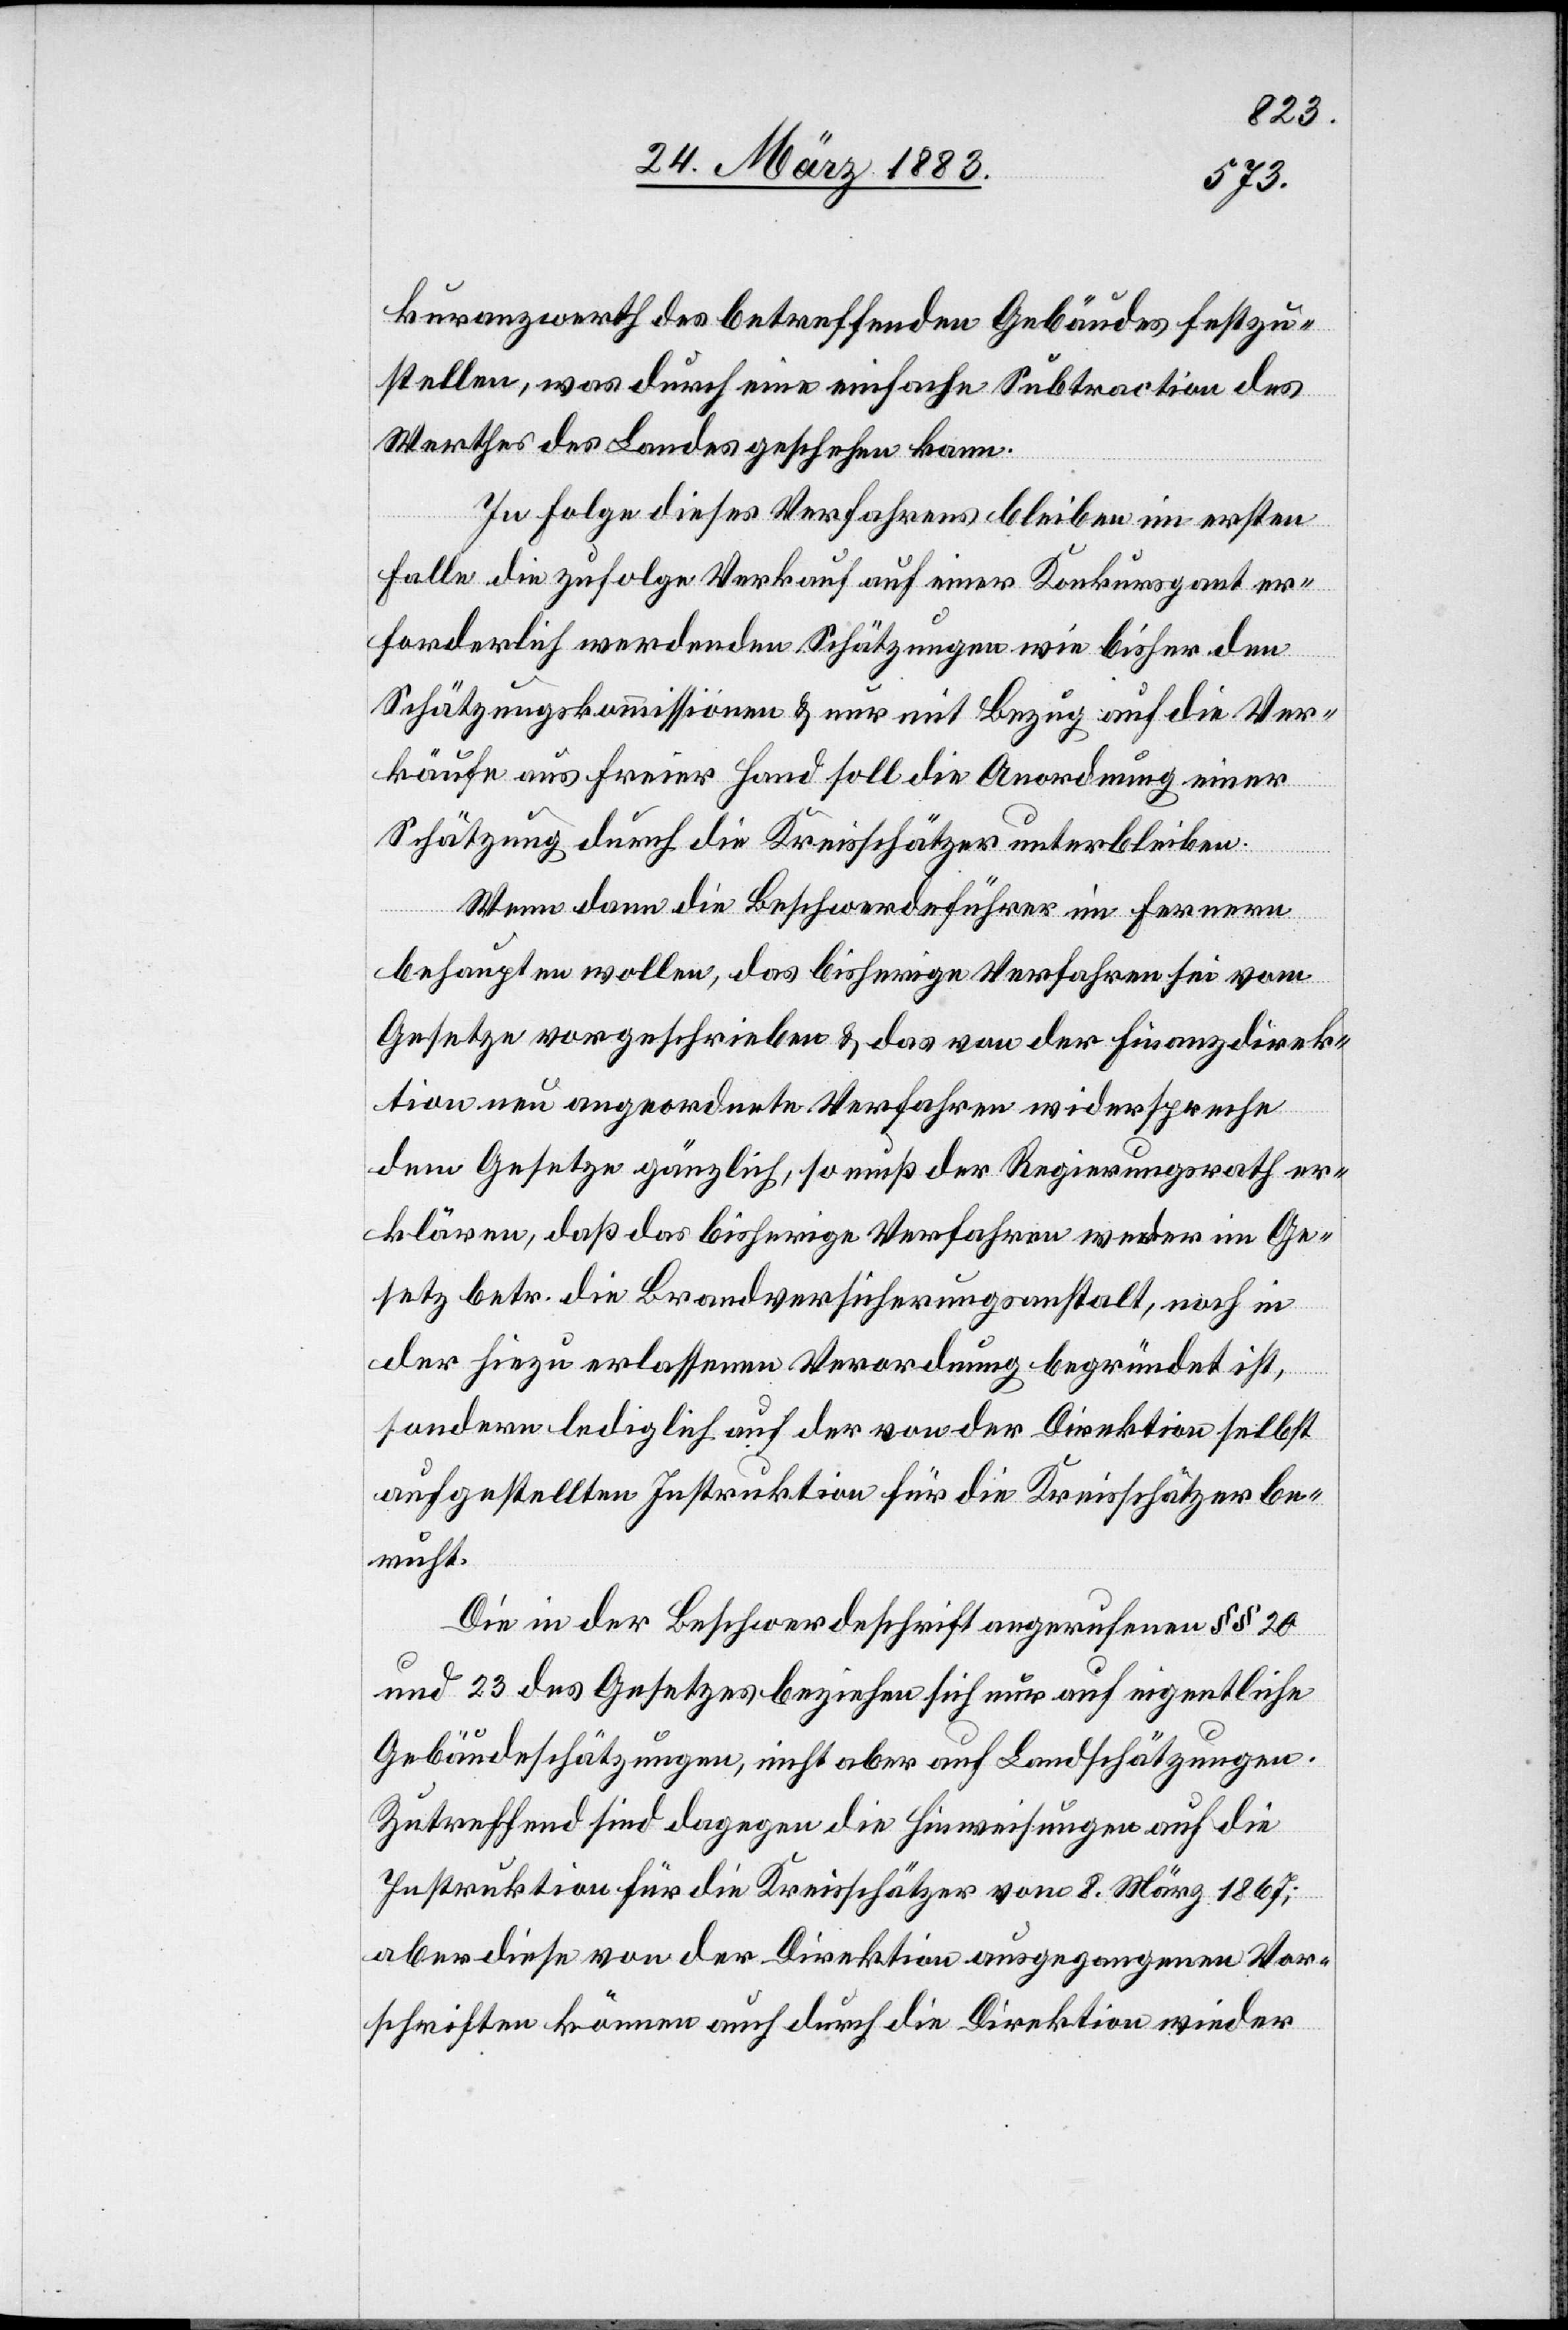
kuranzwerth des betreffenden Gebäudes festzu¬
stellen, was durch eine einfache Subtraction des
Werthes des Landes geschehen kann.
In Folge dieses Verfahrens bleiben im ersten
Falle die zufolge Verkauf auf einer Konkursgant er¬
forderlich werdenden Schätzungen wie bisher den
t.
Schätzungskommissionen & nur mit Bezug auf die Ver¬
käufe aus freier Hand soll die Anordnung einer
Schätzung durch die Kreisschätzer unterbleiben.
Wenn dann die Beschwerdeführer im Fernern
ruh¬
behaupten wollen, das bisherige Verfahren sei vom
Gesetze vorgeschrieben & das von der Finanzdirek¬
tion neu angeordnete Verfahren widerspreche
dem Gesetze gänzlich, so muß der Regierungsrath er¬
klären, daß das bisherige Verfahren weder im Ge¬
setz betr. die Brandversicherungsanstalt, noch in
der hiezu erlassenen Verordnung begründet ist,
sondern lediglich auf der von der Direktion selbst
aufgestellten Instruktion für die Kreisschätzer be¬
Die in der Beschwerdeschrift angerufenen §§ 20
und 23 des Gesetzes beziehen sich nur auf eigentliche
Gebäudeschätzungen, nicht aber auf Landschätzungen.
Zutreffend sind dagegen die Hinweisungen auf die
Instruktion für die Kreisschätzer vom 8. März 1867;
aber diese von der Direktion ausgegangenen Vor¬
schriften können auch durch die Direktion wieder